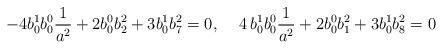
LaTeX: \begin{align*}-4b_0^1b_0^0{\frac 1{a ^2}}+2b_0^0b_2^2+3b_0^1b_7^2=0,\,\,\,\,\,\,\,4\,b_0^1b_0^0{\frac 1{a ^2}}+2b_0^0b_1^2+3b_0^1b_8^2=0\end{align*}